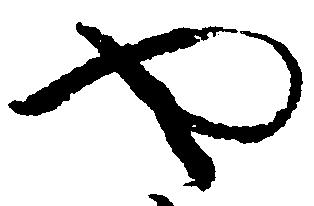
や